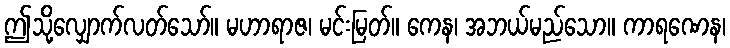
ဤသို့လျှောက်လတ်သော်။ မဟာရာဇ၊ မင်းမြတ်။ ကေန၊ အဘယ်မည်သော။ ကာရဏေန၊